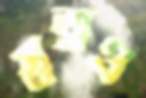
স্বত্বও